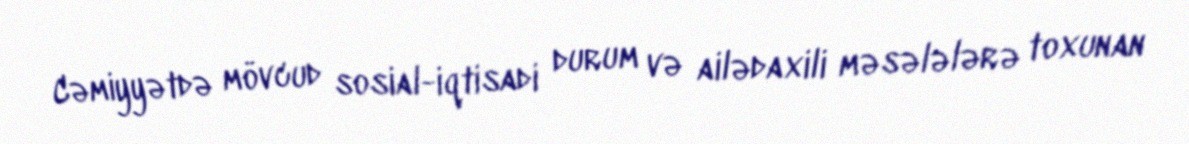
Cəmiyyətdə mövcud sosial-iqtisadi durum və ailədaxili məsələlərə toxunan